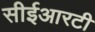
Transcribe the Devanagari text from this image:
सीईआरटी